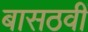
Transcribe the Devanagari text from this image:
बासठवीं